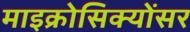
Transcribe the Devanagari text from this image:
माइक्रोसिक्योंसर